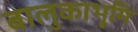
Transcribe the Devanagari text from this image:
बालुकाभूमि